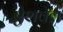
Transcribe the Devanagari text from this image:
ऐशवेल